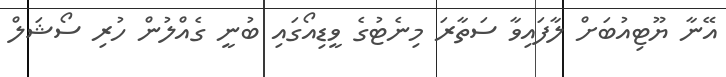
އޭނާ ޔޫޓިއުބަށް ލާފައިވާ ސަތާރަ މިނެޓުގެ ވީޑިއޯގައި ބުނީ ގެއްލުން ހުރި ސޯޝަލް